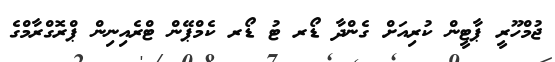
ޖުމްހޫރީ ޕާޓީން ކުރިއަށް ގެންދާ ޑޯރ ޓު ޑޯރ ކެމްޕޭން ޓްރެއިނިން ޕްރޮގްރާމްގެ